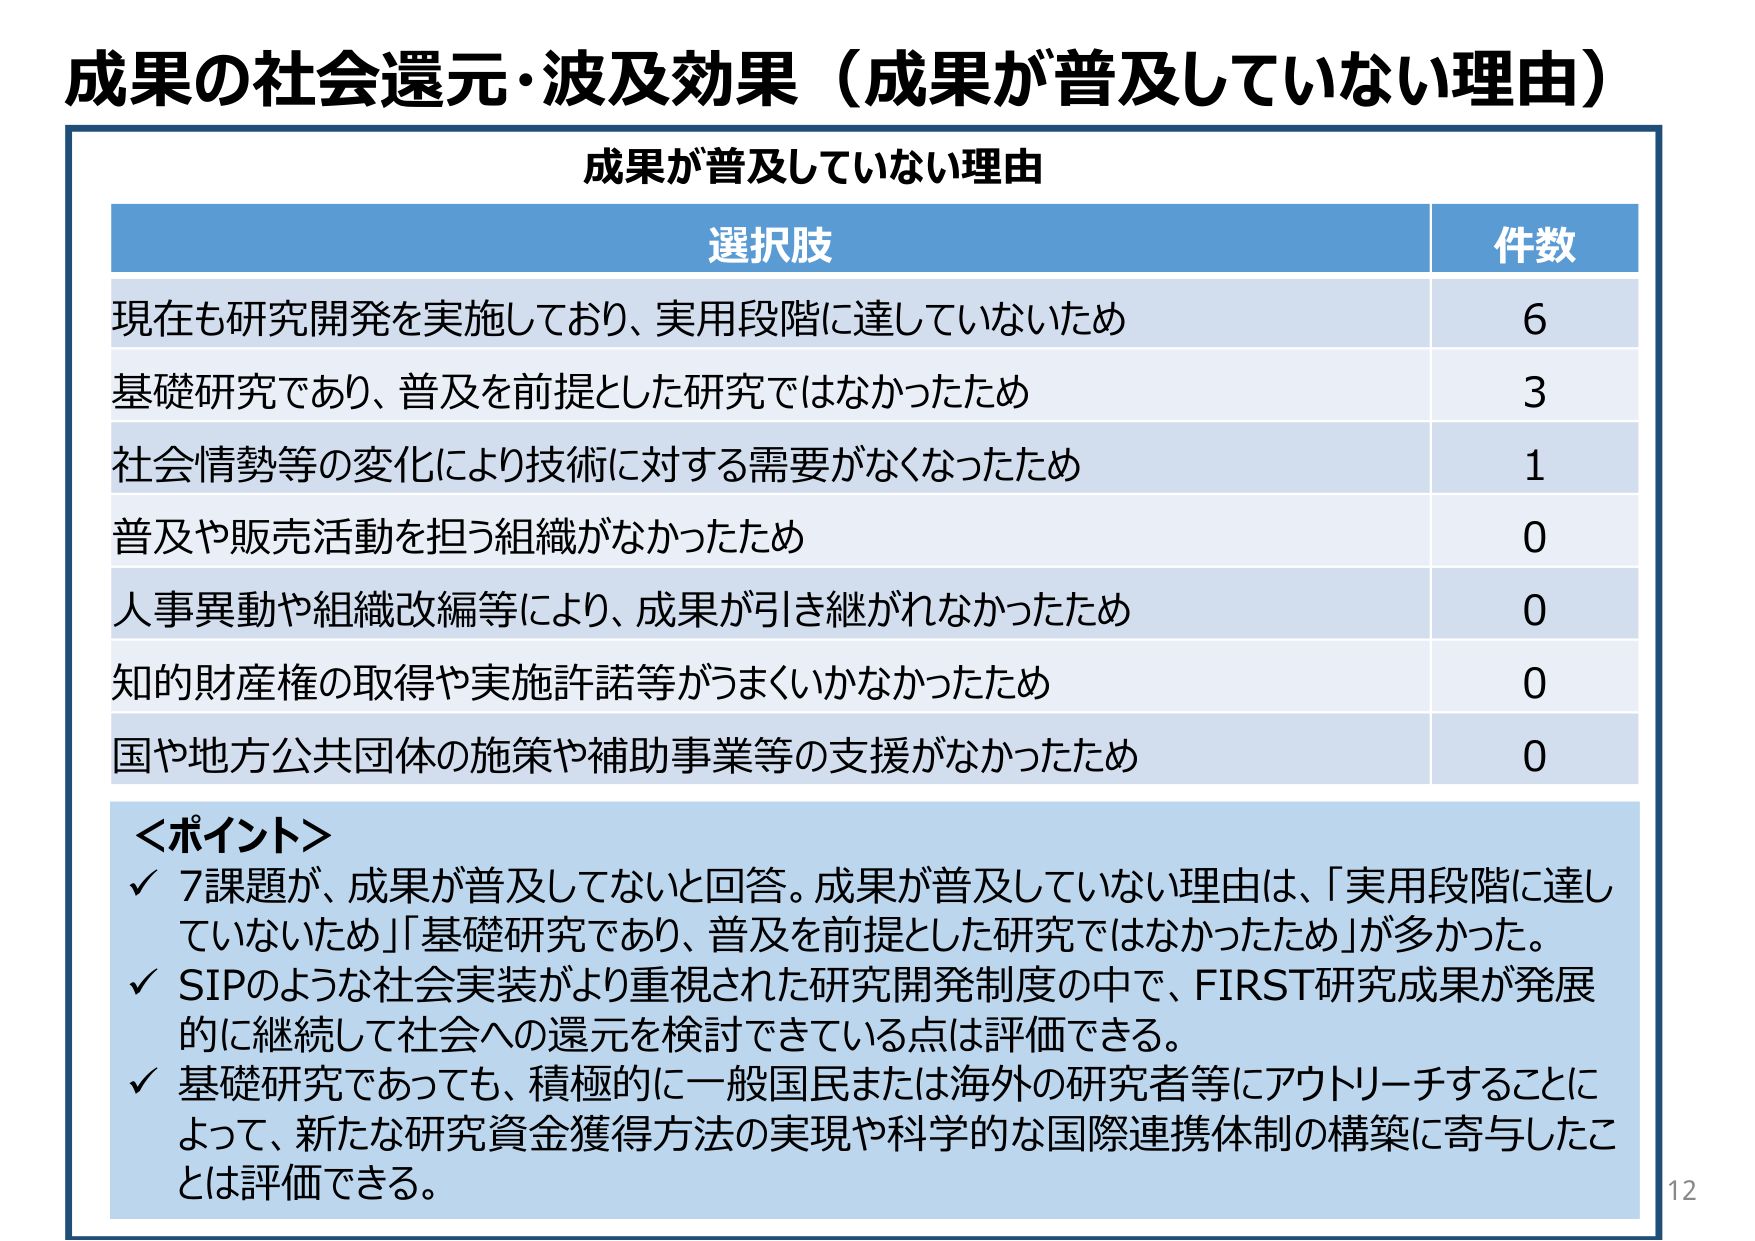
成果の社会還元・波及効果（成果が普及していない理由）

成果が普及していない理由

選択肢 件数
現在も研究開発を実施しており、実用段階に達していないため 6
基礎研究であり、普及を前提とした研究ではなかったため 3
社会情勢等の変化により技術に対する需要がなくなったため 1
普及や販売活動を担う組織がなかったため 0
人事異動や組織改編等により、成果が引き継がれなかったため 0
知的財産権の取得や実施許諾等がうまくいかなかったため 0
国や地方公共団体の施策や補助事業等の支援がなかったため 0

＜ポイント＞
✓ 7課題が、成果が普及していないと回答。成果が普及していない理由は、「実用段階に達していないため」「基礎研究であり、普及を前提とした研究ではなかったため」が多かった。
✓ SIPのような社会実装がより重視された研究開発制度の中で、FIRST研究成果が発展的に継続して社会への還元を検討できている点は評価できる。
✓ 基礎研究であっても、積極的に一般国民または海外の研究者等にアウトリーチすることによって、新たな研究資金獲得方法の実現や科学的な国際連携体制の構築に寄与したことは評価できる。

12